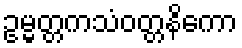
ဥမ္မတ္တကသံဝတ္တနိကော